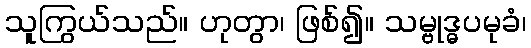
သူကြွယ်သည်။ ဟုတွာ၊ ဖြစ်၍။ သမ္ဗုဒ္ဓပမုခံ၊